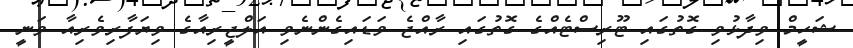
ޝަހީމް ވިދާޅުވި ގޮތުގައި ޓޫރިސްޓެއްގެ ގޮތުގައި ރާއްޖެ ވަޑައިގެންނެވި އަލްޖީރިއާގެ ވިޔަފާރިވެރިއާ ވަނީ